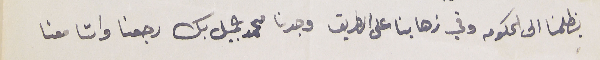
بظلمنا الى الحكومه وفي ذهابنا على الطريق وجدنا محمد جميل بك رجعنا واتا معنا